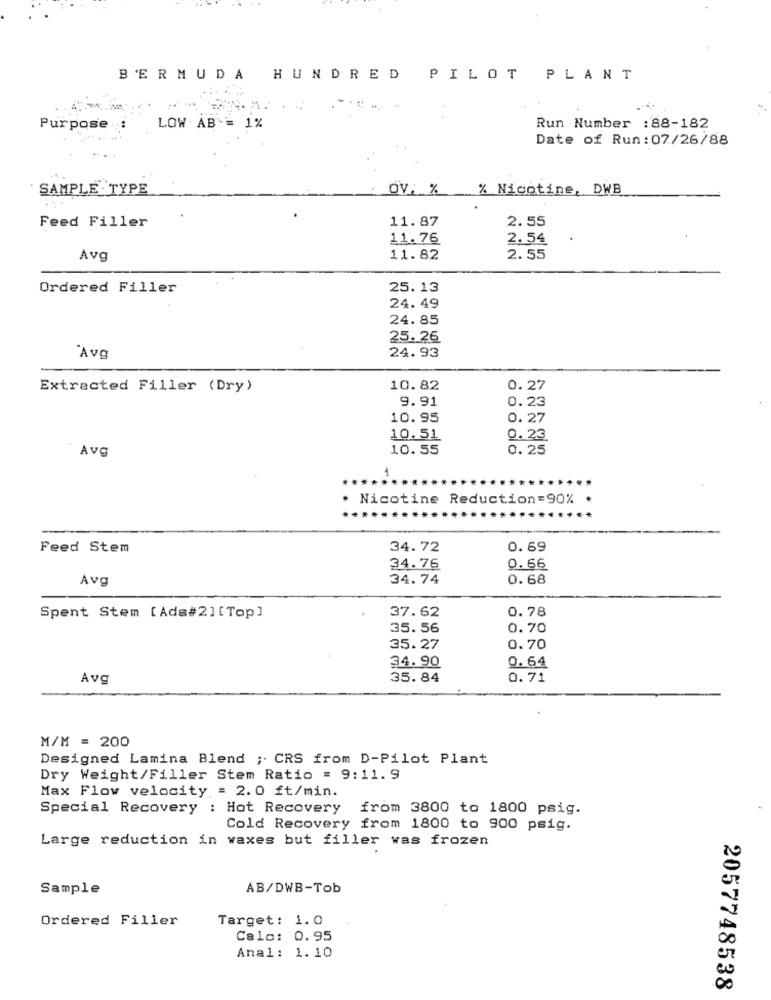
BERMUDA HUNDRED PILOT PLANT
Purpose ::
LOW AB = 1%
Run Number : 88-182
Date of Run: 07/26/88
SAMPLE TYPE
OV. % % Nicotine, DWB
11.87
2.55
Feed Filler
11.76
2. 54
Avg
11.82
2.55
Ordered Filler
25.13
24. 49
24.85
25.26
24.93
"Avg
Extracted Filler (Dry)
10.82
0.27
9.91
0.23
10.95
0. 27
10.51
0. 23
Avg
10.55
0.25
. Nicotine Reduction=90%
Feed Stem
34.72
0. 69
34.76
0. 66
Avg
34.74
0. 68
0.78
Spent Stem [Ada#2][Top]
37.62
35. 56
0.70
35.27
0.70
0.64
34.90
Avg
35.84
0.71
M/M = 200
Designed Lamina Blend ; CRS from D-Pilot Plant
Dry Weight/Filler Stem Ratio = 9:11.9
Max Flow velocity = 2.0 ft/min.
Special Recovery : Hot Recovery from 3800 to 1800 psig.
Cold Recovery from 1800 to 900 psig.
Large reduction in waxes but filler was frozen
Sample
AB/DWB-Tob
Ordered Filler
Target: 1.0
Calo: 0.95
Anal: 1.10
2057748538